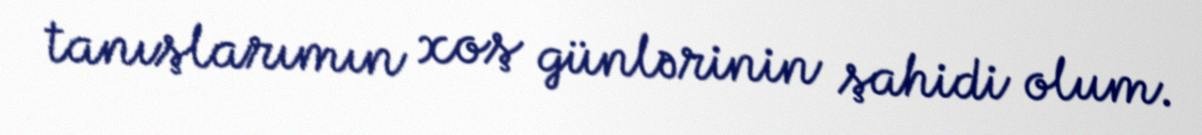
tanışlarımın xoş günlərinin şahidi olum.